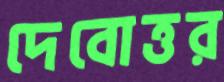
দেবোত্তর